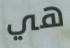
هي